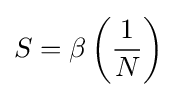
S=\beta \left({\frac {1}{N}}\right)